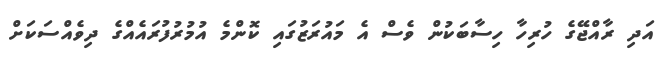
އަދި ރާއްޖޭގެ ހުރިހާ ހިސާބަކުން ވެސް އެ މައުރަޒުގައި ކޮންމެ އުމުރުފުރައެއްގެ ދިވެއްސަކަށް